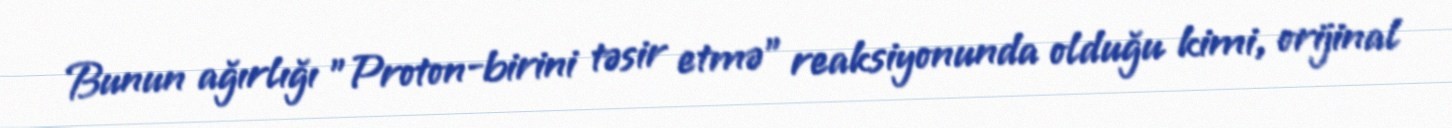
Bunun ağırlığı "Proton-birini təsir etmə" reaksiyonunda olduğu kimi, orijinal